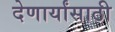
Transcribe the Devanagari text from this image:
देणार्यांसाठी